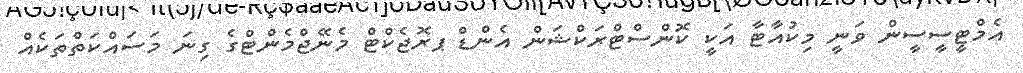
އެމްޓީސީސީން ވަނީ މިކުއާޓާ އަކީ ކޮންސްޓްރަކްޝަން އެންޑް ޕރޮޖެކްޓް މެނޭޖްމެންޓްގެ ގިނަ މަސައްކަތްތަކެއް